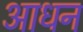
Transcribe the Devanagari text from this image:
आधन